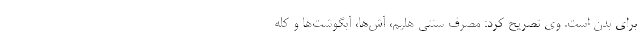
برای بدن است. وی تصریح کرد: مصرف سنتی هلیم، آش‌ها، آبگوشت‌ها و کله